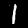
Digit: 1